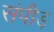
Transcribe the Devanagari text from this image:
संपीड़